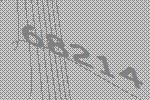
68214